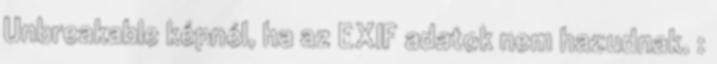
Unbreakable képnél, ha az EXIF adatok nem hazudnak. :